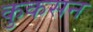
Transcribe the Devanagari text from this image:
कुकसन